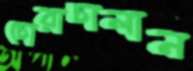
চোরাচালান